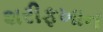
શરીફખાન